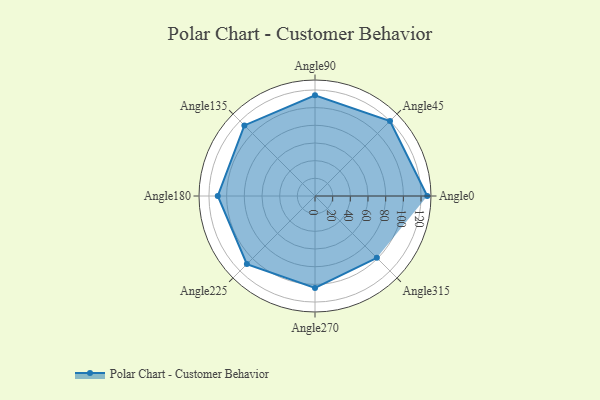
{"axis": {"x": "Angle", "y": "Radius"}, "legend": [""], "data": [{"x": "Angle0", "y": 127.0, "type": ""}, {"x": "Angle45", "y": 120.0, "type": ""}, {"x": "Angle90", "y": 114.0, "type": ""}, {"x": "Angle135", "y": 113.0, "type": ""}, {"x": "Angle180", "y": 110.0, "type": ""}, {"x": "Angle225", "y": 109.0, "type": ""}, {"x": "Angle270", "y": 104.0, "type": ""}, {"x": "Angle315", "y": 99.0, "type": ""}]}